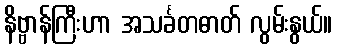
နိဗ္ဗာန်ကြီးဟာ အသင်္ခတဓာတ် လွမ်းနွယ်။